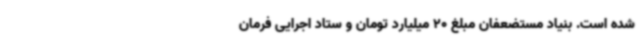
شده است. بنیاد مستضعفان مبلغ 20 میلیارد تومان و ستاد اجرایی فرمان